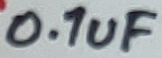
Text: 0.1uF